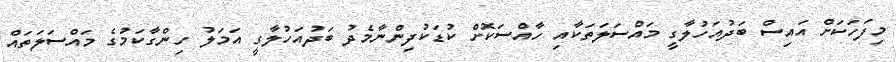
މިފަހަކަށް އައިސް ބަދުއަހުލާގީ މައްސަލަތަކާއި ހާއްސަކޮށް ކުޑަކުދިންނާމެދު ބަދުއަހުލާގީ އަމަލު ހިންގާކަމުގެ މައްސަލަތައް